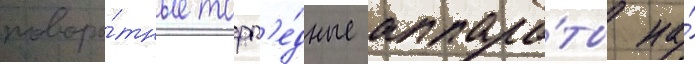
поворо́тные торп'е́дные аппара́ты на́